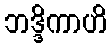
ဘဒ္ဒိကာဟိ